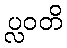
ပ္လဝတိ